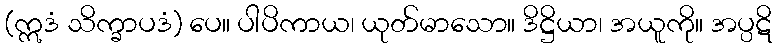
(ဣဒံ သိက္ခာပဒံ) ပေ။ ပါပိကာယ၊ ယုတ်မာသော။ ဒိဋ္ဌိယာ၊ အယူကို။ အပ္ပဋိ